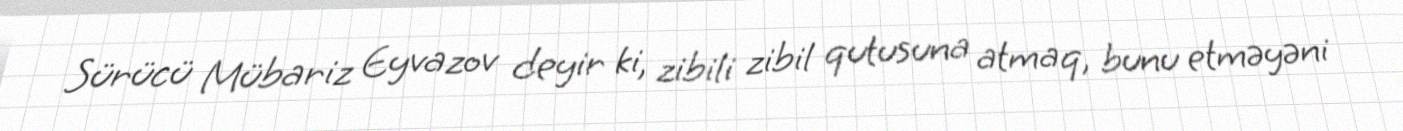
Sürücü Mübariz Eyvazov deyir ki, zibili zibil qutusuna atmaq, bunu etməyəni